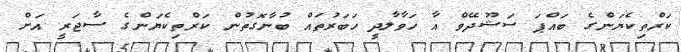
ކަރްތިކެޔަންގެ ބައްޕަ ސަޝޫދޭވް އާ ހަވާލާދީ ހަބަރުތައް ބުނާގޮތުން ކަރްތިކެޔަންގެ ސާޖަރީ އަށް